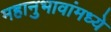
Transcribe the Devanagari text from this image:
महानुभावांमध्ये